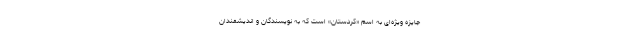
جایزه‌ ویژه‌ای به اسم «کردستان» است که به نویسندگان و اندیشمندان